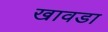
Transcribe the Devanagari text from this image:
खावडा